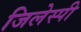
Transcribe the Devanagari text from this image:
जिलेस्पी